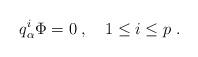
LaTeX: \begin{align*} q^i_\alpha\Phi=0\;, \quad 1\leq i \leq p \;.\end{align*}